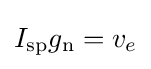
I_{\text{sp}}g_{\mathrm {n} }=v_{e}